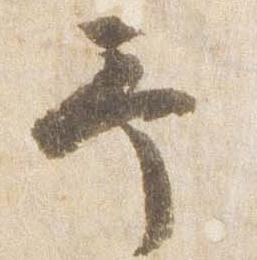
予